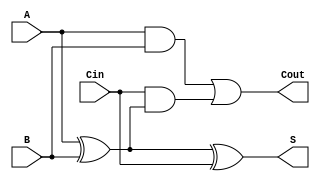
module ripple_carry_full_adder (
    input wire A,      // First binary input
    input wire B,      // Second binary input
    input wire Cin,    // Carry-in input
    output wire S,     // Sum output
    output wire Cout    // Carry-out output
);

// Intermediate signals
wire A_xor_B;

// Calculate the intermediate sum
assign A_xor_B = A ^ B;

// Calculate the sum output
assign S = A_xor_B ^ Cin;

// Calculate the carry-out output
assign Cout = (A & B) | (Cin & A_xor_B);

endmodule